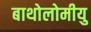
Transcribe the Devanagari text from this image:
बाथोलोमीयु